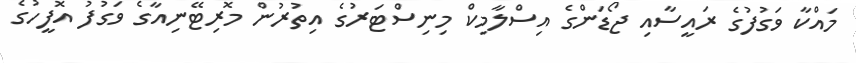
މައްކާ ވަގުފުގެ ރައީސާއި ޖޯޑަންގެ އިސްލާމިކް މިނިސްޓަރުގެ އިތުރުން މޮރިޓޭނިއާގެ ވަގުފު އޮފީހުގެ